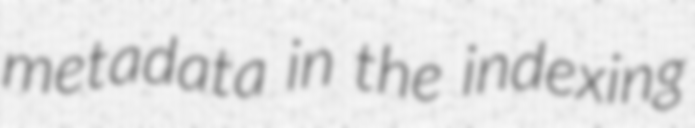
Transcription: metadata in the indexing